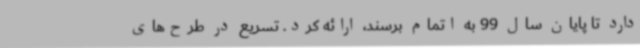
دارد تا پایان سال 99 به اتمام برسند، ارائه کرد. تسریع در طرح‌های